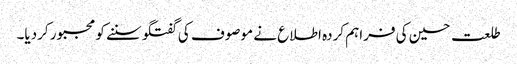
طلعت حسین کی فراہم کردہ اطلاع نے موصوف کی گفتگو سننے کو مجبور کردیا۔